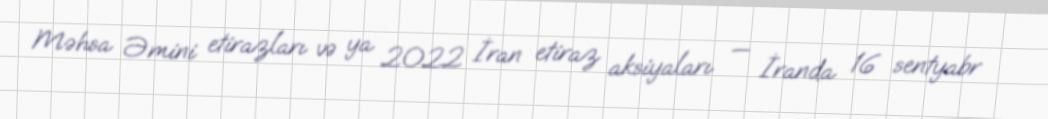
Məhsa Əmini etirazları və ya 2022 İran etiraz aksiyaları — İranda 16 sentyabr